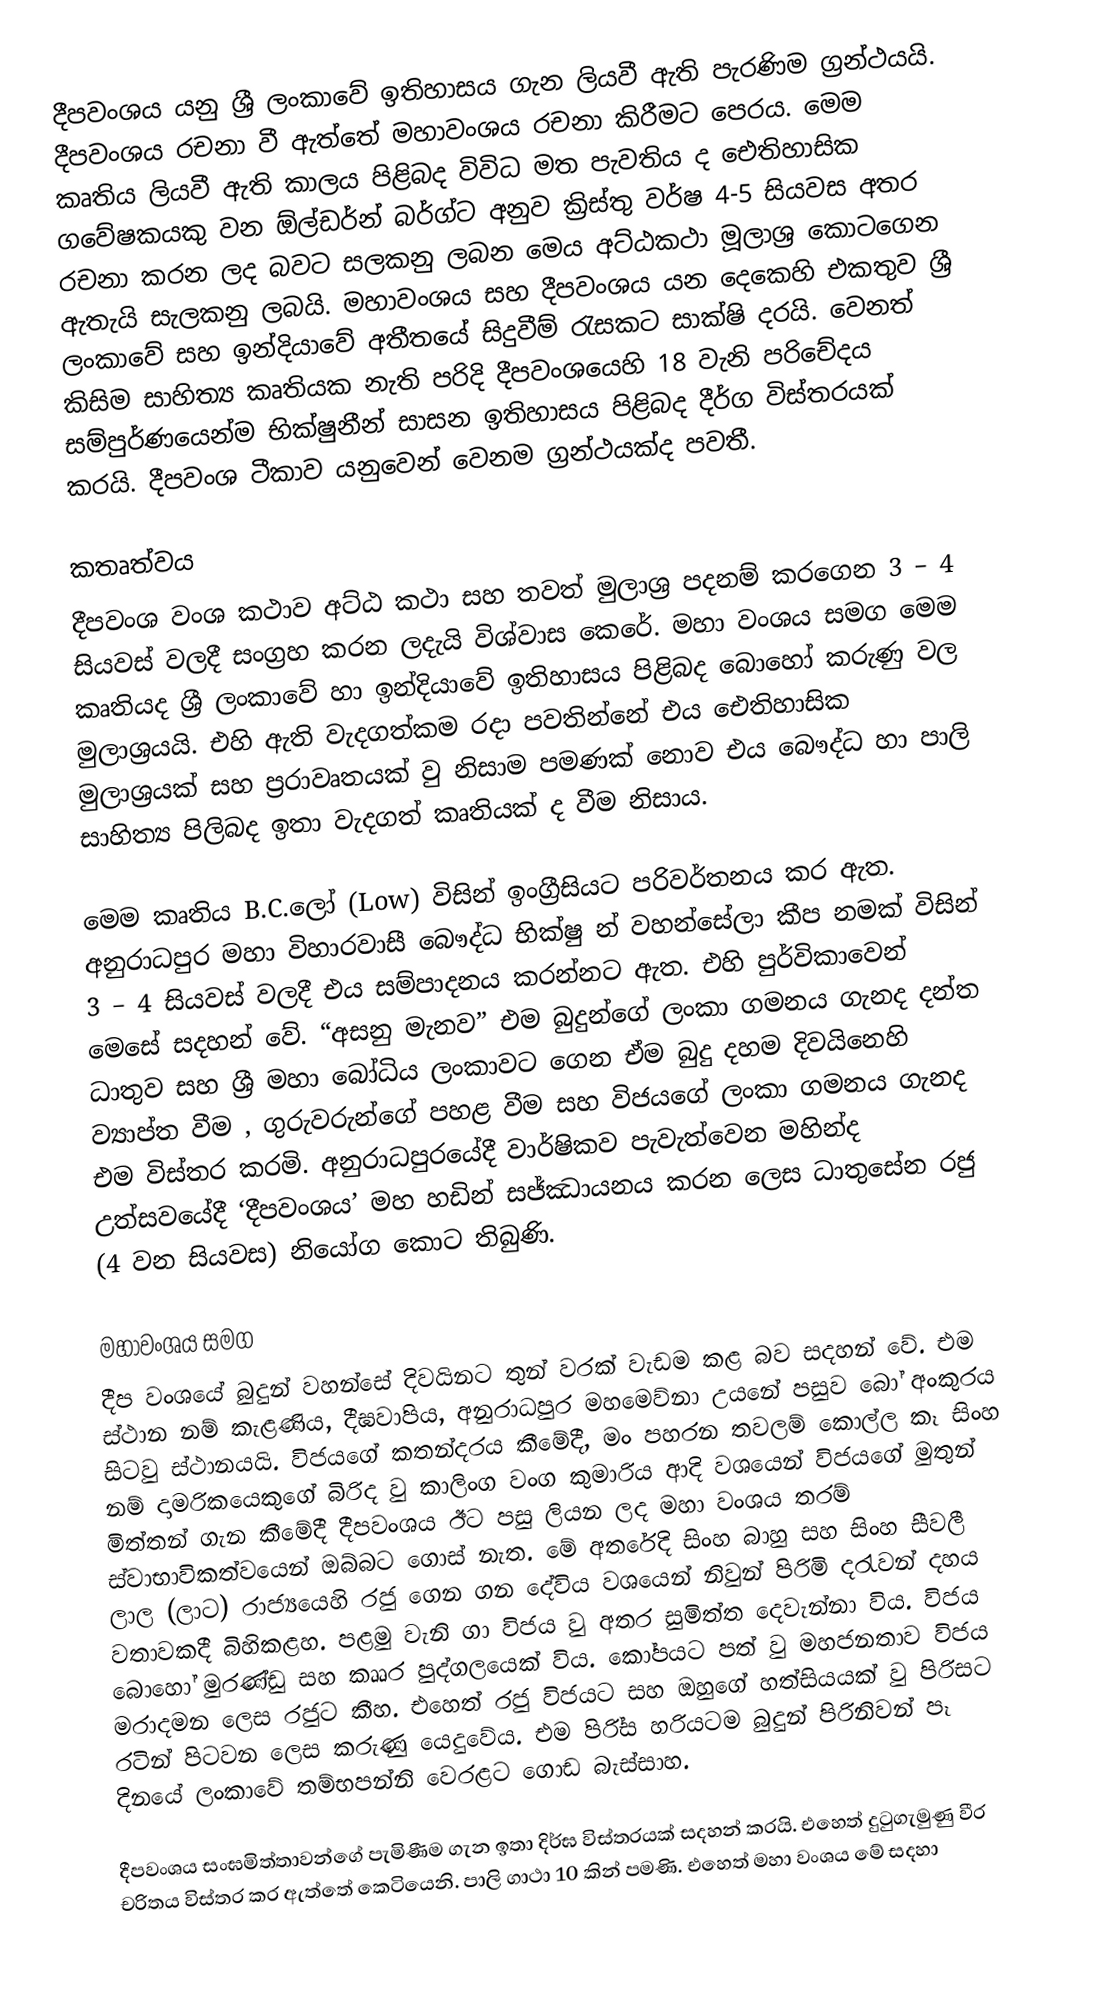
දීපවංශය යනු ශ්‍රී ලංකාවේ ඉතිහාසය ගැන ලියවී ඇති පැරණිම ග්‍රන්ථයයි. දීපවංශය රචනා වී ඇත්තේ මහාවංශය රචනා කිරීමට පෙරය. මෙම කෘතිය ලියවී ඇති කාලය පිළිබද විවිධ මත පැවතිය ද  ඓතිහාසික ගවේෂකයකු වන ඕල්ඩර්න් බර්ග්ට අනුව ක්‍රිස්තු වර්ෂ 4-5 සියවස අතර රචනා කරන ලද බවට සලකනු ලබන මෙය අට්ඨකථා මූලාශ්‍ර කොටගෙන ඇතැයි සැලකනු ලබයි. මහාවංශය සහ දීපවංශය යන දෙකෙහි එකතුව ශ්‍රී ලංකාවේ සහ ඉන්දියාවේ අතීතයේ සිදුවීම් රැසකට සාක්ෂි දරයි. වෙනත් කිසිම සාහිත්‍ය කෘතියක නැති පරිදි දීපවංශයෙහි 18 වැනි පරිචේදය සම්පුර්ණයෙන්ම භික්ෂුනීන් සාසන ඉතිහාසය පිළිබද දීර්ග විස්තරයක් කරයි. දීපවංශ ටීකාව යනුවෙන් වෙනම ග්‍රන්ථයක්ද පවතී.

කතෘත්වය
දීපවංශ වංශ කථාව අට්ඨ කථා සහ තවත් මුලාශ්‍ර පදනම් කරගෙන 3 – 4 සියවස් වලදී සංග්‍රහ කරන ලදැයි විශ්වාස කෙරේ. මහා වංශය සමග මෙම කෘතියද ශ්‍රී ලංකාවේ හා ඉන්දියාවේ ඉතිහාසය පිළිබද බොහෝ කරුණු වල මුලාශ්‍රයයි. එහි ඇති වැදගත්කම රදා පවතින්නේ එය ඓතිහාසික මුලාශ්‍රයක් සහ ප්‍රරාවෘතයක් වු නිසාම පමණක් නොව එය බෞද්ධ හා පාලි සාහිත්‍ය පිලිබද ඉතා වැදගත් කෘතියක් ද වීම නිසාය.

මෙම කෘතිය  B.C.ලෝ (Low) විසින් ඉංග්‍රීසියට පරිවර්තනය කර ඇත. අනුරාධපුර මහා විහාරවාසී බෞද්ධ භික්ෂු න්  වහන්සේලා කීප නමක් විසින් 3 – 4 සියවස් වලදී එය සම්පාදනය කරන්නට ඇත. එහි පුර්විකාවෙන් මෙසේ සදහන් වේ. “අසනු මැනව” එම බුදුන්ගේ ලංකා ගමනය ගැනද දන්ත ධාතුව සහ ශ්‍රී මහා බෝධිය ලංකාවට ගෙන ඒම බුදු දහම දිවයිනෙහි ව්‍යාප්ත වීම , ගුරුවරුන්ගේ පහළ වීම සහ විජයගේ ලංකා ගමනය ගැනද එම විස්තර කරමි.  අනුරාධපුරයේදී වාර්ෂිකව පැවැත්වෙන මහින්ද උත්සවයේදී ‘දීපවංශය’ මහ හඩින් සජ්ඣායනය කරන ලෙස ධාතුසේන රජු (4 වන සියවස) නියෝග කොට තිබුණි.

මහාවංශය සමග
දීප වංශයේ බුදුන් වහන්සේ දිවයිනට තුන් වරක් වැඩම කළ බව සදහන් වේ. එම ස්ථාන නම් කැළණිය, දීඝවාපිය, අනුරාධපුර මහමෙව්නා උයනේ පසුව බෝ අංකුරය සිටවු ස්ථානයයි. විජයගේ කතන්දරය කීමේදී, මං පහරන තවලම් කොල්ල කෑ සිංහ නම් දාමරිකයෙකුගේ බිරිද වු කාලිංග වංග කුමාරිය ආදි වශයෙන් විජයගේ මුතුන් මිත්තන් ගැන කීමේදී දීපවංශය ඊට පසු ලියන ලද මහා වංශය තරම් ස්වාභාවිකත්වයෙන් ඔබ්බට ගොස් නැත. මේ අතරේදි සිංහ බාහු සහ සිංහ සීවලී ලාල (ලාට) රාජ්‍යයෙහි රජු ගෙන ගන දේවිය වශයෙන් නිවුන් පිරිමි දරැවන් දහය වතාවකදී බිහිකළහ. පළමු වැනි ගා විජය වු අතර සුමිත්ත දෙවැන්නා විය. විජ‍ය බොහෝ මුරණ්ඩු සහ කෲර පුද්ගලයෙක් විය. කෝපයට පත් වු මහජනතාව විජය මරාදමන ලෙස රජුට කීහ. එහෙත් රජු විජයට සහ ඔහුගේ හත්සියයක් වු පිරිසට රටින් පිටවන ලෙස කරුණු යෙදුවේය. එම පිරි්ස හරියටම බුදුන් පිරිනිවන් පෑ දිනයේ ලංකාවේ තම්භපන්නි වෙරළට ගොඩ බැස්සාහ.

දීපවංශය සංඝමිත්තාවන්ගේ පැමිණීම ගැන ඉතා දිර්ඝ විස්තරයක් සදහන් කරයි. එහෙත් දුටුගැමුණු වීර චරිතය විස්තර කර ඇත්තේ කෙටියෙනි. පාලි ගාථා 10 කින් පමණි. එහෙත් මහා වංශය මේ සදහා